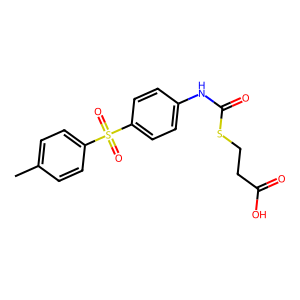
SMILES: Cc1ccc(S(=O)(=O)c2ccc(NC(=O)SCCC(=O)O)cc2)cc1
Inhibits HIV replication: No